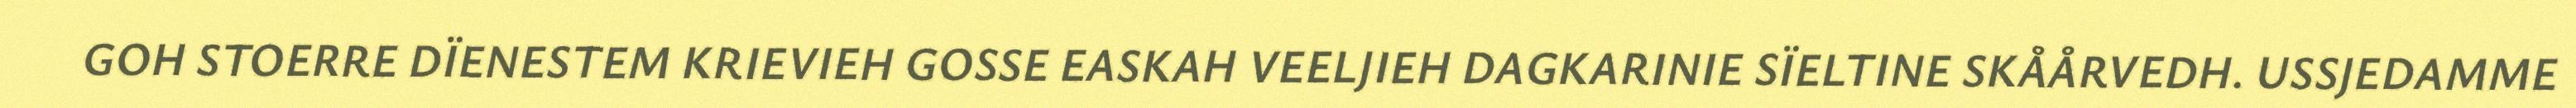
GOH STOERRE DÏENESTEM KRIEVIEH GOSSE EASKAH VEELJIEH DAGKARINIE SÏELTINE SKÅÅRVEDH. USSJEDAMME